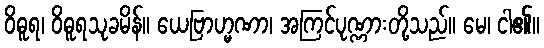
ဝိဓူရ၊ ဝိဓူရသုခမိန်။ ယေဗြာဟ္မဏာ၊ အကြင်ပုဏ္ဏားတို့သည်။ မေ၊ ငါ၏။